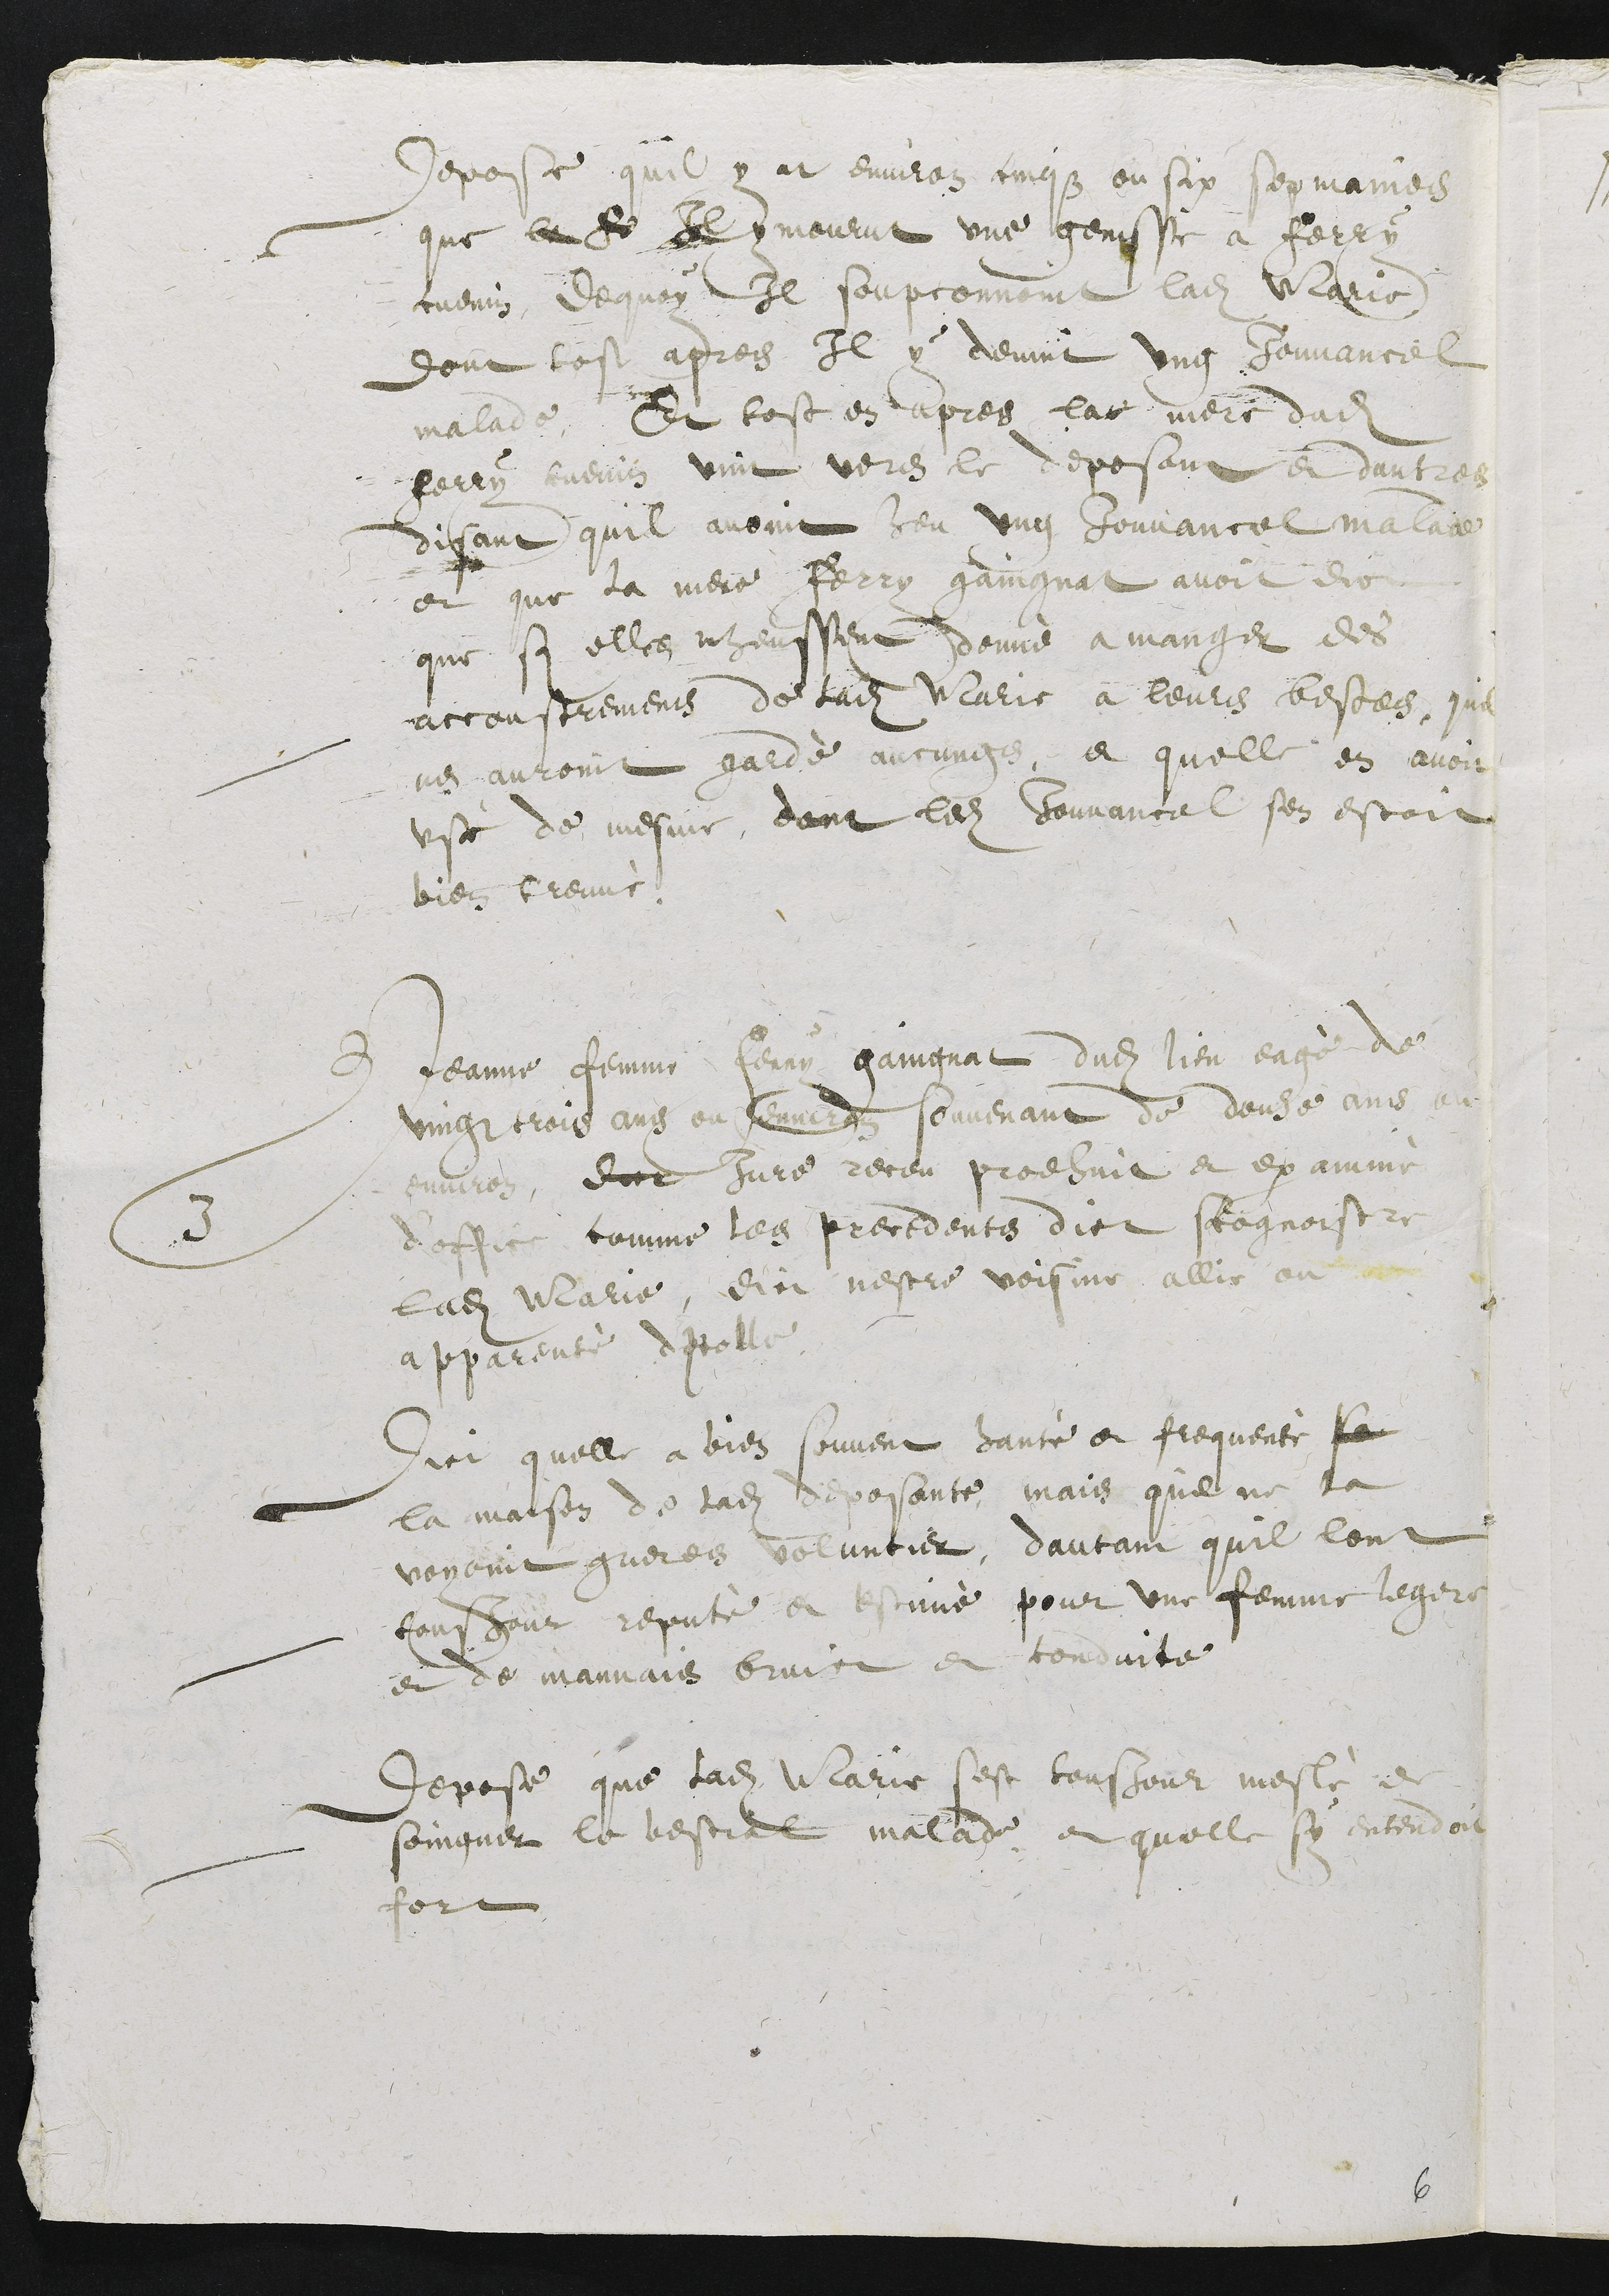
Depose qu’il y at environ cinqz ou six semaines
que le Fe Il y mourut une genisse a Ferry
Cuenin, Dequoy Il soupconnoint ladite Marie
dont tost apres Il y devint ung Jouvancel
malade, Et tost en apres lae mere dudit
Ferry cuenin vint vers le deposant et dautres
disant quil avoit heu ung Jouvancel malade
et que la mere Ferry gaingnat avoit dict
que si elle nheussent donné a manger des
accoustremens de ladite Marie a leurs bestes, quil
nen auroint gardé aucungs, et quelle en avoit
usé de mesme, dont ledit Jouvancel sen estoit
bien treuvé.
3 Jeanne femme Ferry gaingnat dudit lieu eagé de
vingt trois ans ou environ souvenant de douze ans ou
environ, dict Jure receu prodhuit et examiné
d’office comme les precedents dict cognoistre
ladite Marie, dict nestre voisine allie ou
apparenté dicelle.
Dict quelle a bien souvent hanté et frequenté sa
la maison de ladite deposante, mais quil ne la
voyoint gueres voluntier, dautant quil lont
tousjour reputé et estimé pour une femme legere
et de mauvais bruict et conduite
Depose que ladite Marie sest tousjour meslé de
soingner le bestial malade et quelle sy entendoit
fort.